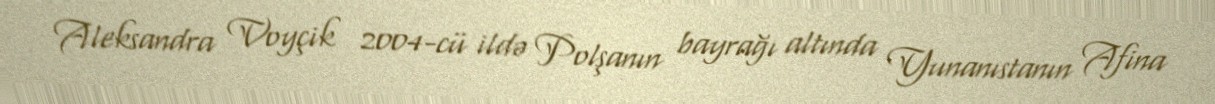
Aleksandra Voyçik 2004-cü ildə Polşanın bayrağı altında Yunanıstanın Afina